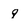
Character: q